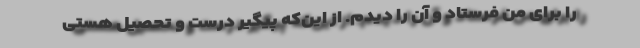
را برای من فرستاد و آن را دیدم. از این‌که پیگیر درست و تحصیل هستی